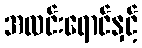
အလင်းရောင်နှင့်